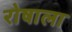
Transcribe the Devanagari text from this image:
रोषाला